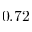
0 . 7 2